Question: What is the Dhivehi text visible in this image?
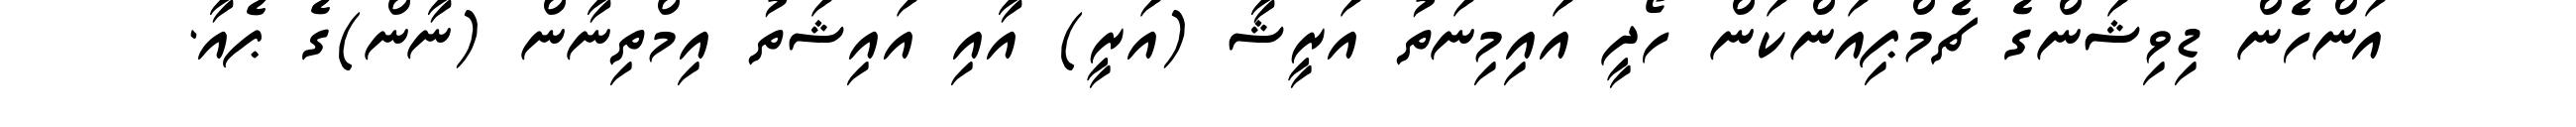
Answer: އަންހެން ޑިވިޝަންގެ ޗެމްޕިއަންކަން ހޯދީ އައިމިނަތު އަރީޝާ (އަރީ) އާއި އައިޝަތު އިމްތިނާން (ނާން)ގެ ޕެއާ.